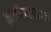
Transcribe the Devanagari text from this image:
कृतीबरोबरच